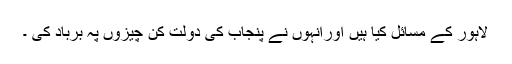
لاہور کے مسائل کیا ہیں اورانہوں نے پنجاب کی دولت کن چیزوں پہ برباد کی ۔